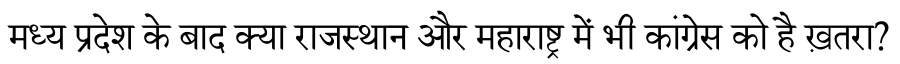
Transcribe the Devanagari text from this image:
मध्य प्रदेश के बाद क्या राजस्थान और महाराष्ट्र में भी कांग्रेस को है ख़तरा?